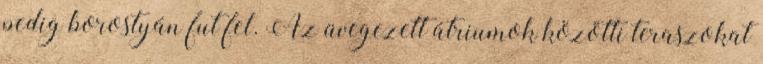
pedig borostyán fut fel. Az üvegezett átriumok közötti teraszokat